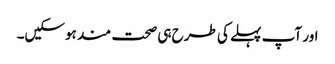
اور آپ پہلے کی طرح ہی صحت مند ہوسکیں۔